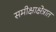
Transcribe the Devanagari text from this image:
समीक्षाक्षेत्रात